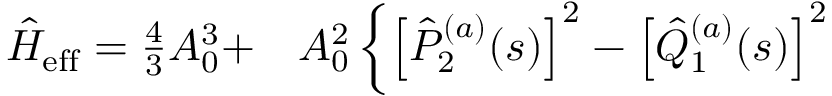
\begin{array} { r l } { \hat { H } _ { \mathrm { e f f } } = \frac { 4 } { 3 } A _ { 0 } ^ { 3 } + } & { { } A _ { 0 } ^ { 2 } \left\{ \left[ \hat { P } _ { 2 } ^ { ( a ) } ( s ) \right] ^ { 2 } - \left[ \hat { Q } _ { 1 } ^ { ( a ) } ( s ) \right] ^ { 2 } \right. } \end{array}